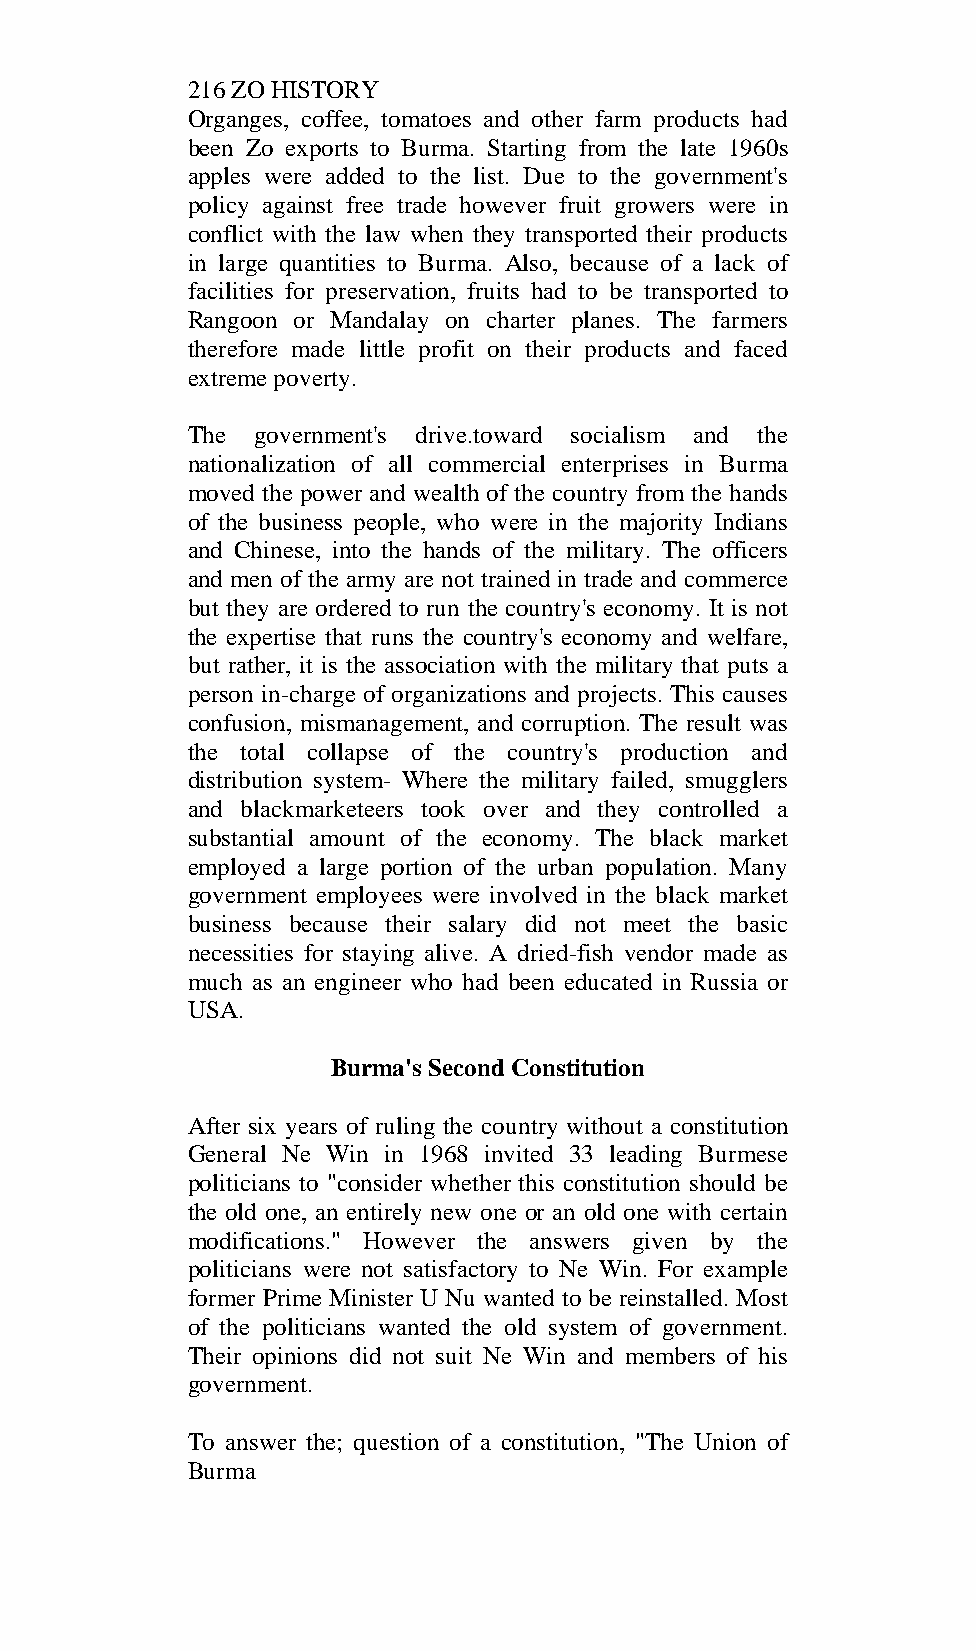
216 ZO HISTORY
 Organges, coffee, tomatoes and other farm products had
 been Zo exports to Burma. Starting from the late 1960s
 apples were added to the list. Due to the government's
 policy against free trade however fruit growers were in
 conflict with the law when they transported their products
 in large quantities to Burma. Also, because of a lack of
 facilities for preservation, fruits had to be transported to
 Rangoon or Mandalay on charter planes. The farmers
 therefore made little profit on their products and faced
 extreme poverty.
 The  government's drive.toward socialism and the
 nationalization of all commercial enterprises in Burma
 moved the power and wealth of the country from the hands
 of the business people, who were in the majority Indians
 and Chinese, into the hands of the military. The officers
 and men of the army are not trained in trade and commerce
 but they are ordered to run the country's economy. It is not
 the expertise that runs the country's economy and welfare,
 but rather, it is the association with the military that puts a
 person in-charge of organizations and projects. This causes
 confusion, mismanagement, and corruption. The result was
 the total collapse of the country's production and
 distribution system- Where the military failed, smugglers
 and blackmarketeers took over and they controlled a
 substantial amount of the economy. The black market
 employed a large portion of the urban population. Many
 government employees were involved in the black market
 business because their salary did not meet the basic
 necessities for staying alive. A dried-fish vendor made as
 much as an engineer who had been educated in Russia or
 USA.
 Burma's Second Constitution
 After six years of ruling the country without a constitution
 General Ne Win in 1968 invited 33 leading Burmese
 politicians to "consider whether this constitution should be
 the old one, an entirely new one or an old one with certain
 modifications." However the answers given by the
 politicians were not satisfactory to Ne Win. For example
 former Prime Minister U Nu wanted to be reinstalled. Most
 of the politicians wanted the old system of government.
 Their opinions did not suit Ne Win and members of his
 government.
 To answer the; question of a constitution, "The Union of
 Burma